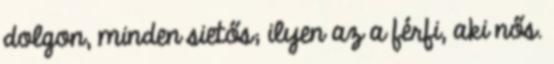
dolgon, minden sietős; ilyen az a férfi, aki nős.